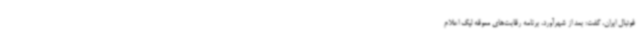
فوتبال ایران، گفت: بعد از شهرآورد، برنامه رقابت‌های معوقه لیگ اعلام